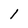
Character: I